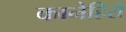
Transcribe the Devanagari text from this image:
कानेहिरो